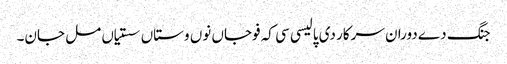
جنگ دے دوران سرکار دی پالیسی سی کہ فوجاں نوں وستاں سستیاں مل جان۔